Report of the Municipal Commissioner on the plague in Bombay for the year ending 31st May... - Volume 3
Disease focus: Plague
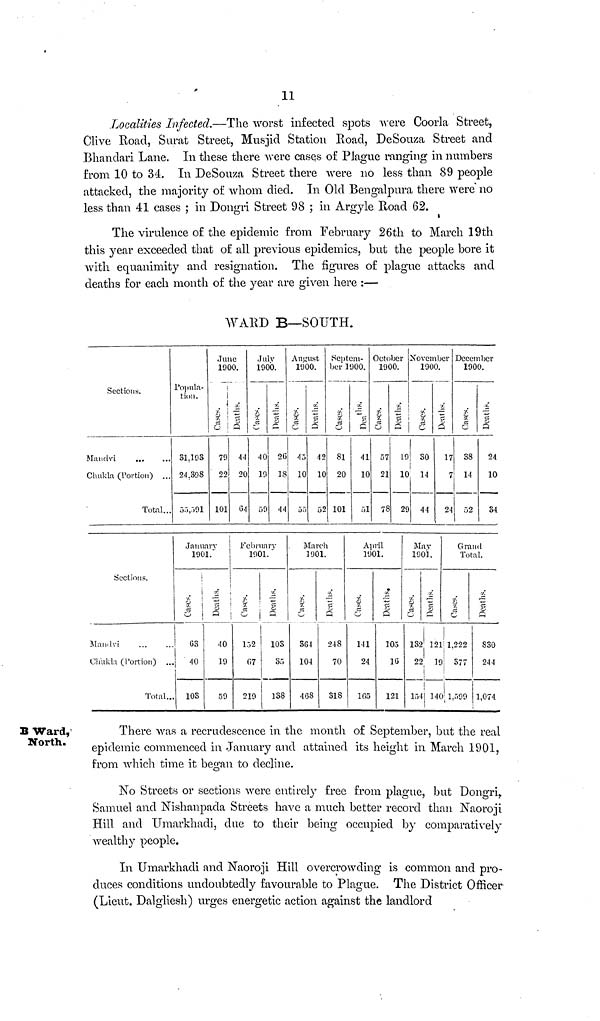
11
Localities Infected.—The worst infected spots were Coorla Street,
Clive Road, Surat Street, Musjid Station Road, DeSouza Street and
Bhandari Lane. In these there were cases of Plague ranging in numbers
from 10 to 34. In DeSouza Street there were no less than 89 people
attacked, the majority of whom died. In Old Bengalpura there were no
less than 41 cases ; in Dongri Street 98 ; in Argyle Road 62.
The virulence of the epidemic from February 26th to March 19th
this year exceeded that of all previous epidemics, but the people bore it
with equanimity and resignation. The figures of plague attacks and
deaths for each month of the year are given here :—
WARD B—SOUTH.
Sections.
Mandvi
Chukla (Portion) ...
Total...
Popula-
tion.
31.103
24.398
55,591
June
1900.
Cases.
79
22
101
Deaths.
44
20
64
July
1900.
Cases.
40
19
59
Deaths.
26
18
44
August
1900.
Cases.
45
10
55
Deaths.
42
10
52
Septem-
ber 1900.
Cases.
81
20
101
Deaths.
41
10
51
October
1900.
Cases.
57
21
78
Deaths.
19
10
29
November
1900.
Cases.
30
14
44
Deaths.
17
7
24
December
1900.
Cases.
38
14
52
Deaths.
24
10
34
Sections.
Mandvi
Chukla (Portion)
Total...
January
1901.
Cases.
63
40
103
Deaths.
40
19
59
February
1901.
Cases.
152
«7
219
Deaths.
103
35
138
March
1901.
Cases.
364
104
468
Deaths.
248
70
318
April
1901.
Cases.
141
24
165
Deaths.
105
16
121
May
1901.
Cases.
132
22
154
Deaths.
121
19
!
140
Grand
Total.
Cases.
1.222
377
1.599
Deaths.
830
244
1,074
B Ward,
North.
There was a recrudescence in the month of September, but the real
epidemic commenced in January and attained its height in March 1901,
from which time it began to decline.
No Streets or sections were entirely free from plague, but Dongri,
Samuel and Nishanpada Streets have a much better record than Naoroji
Hill and Umarkhadi, due to their being occupied by comparatively
wealthy people.
In Umarkhadi and Naoroji Hill overcrowding is common and pro-
duces conditions undoubtedly favourable to Plague. The District Officer
(Lieut. Dalgliesh) urges energetic action against the landlord